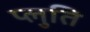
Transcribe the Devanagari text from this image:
प्लुति